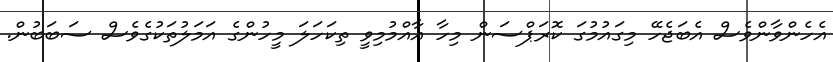
އެހެންވާންވެސް އެބަޖެހޭ މިގައުމުގަ ކޮރަޕްސަން މިހާ އާއްމުމިވީ ތިކަހަލަ މީހުންގެ އަމަލުތަކުގެވެސް ސަބަބުން.